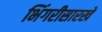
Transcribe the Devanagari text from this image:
भिंगरीसारखे